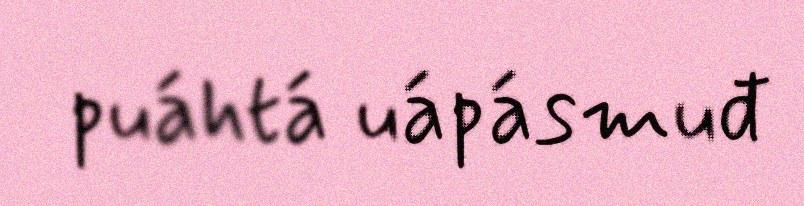
puáhtá uápásmuđ